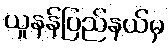
ယူနန်ပြည်နယ်မှ